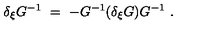
\delta _ { \xi } G ^ { - 1 } \ = \ - G ^ { - 1 } ( \delta _ { \xi } G ) G ^ { - 1 } \ .